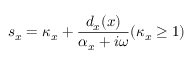
s _ { x } = \kappa _ { x } + \frac { d _ { x } ( x ) } { \alpha _ { x } + i \omega } ( \kappa _ { x } \ge 1 )